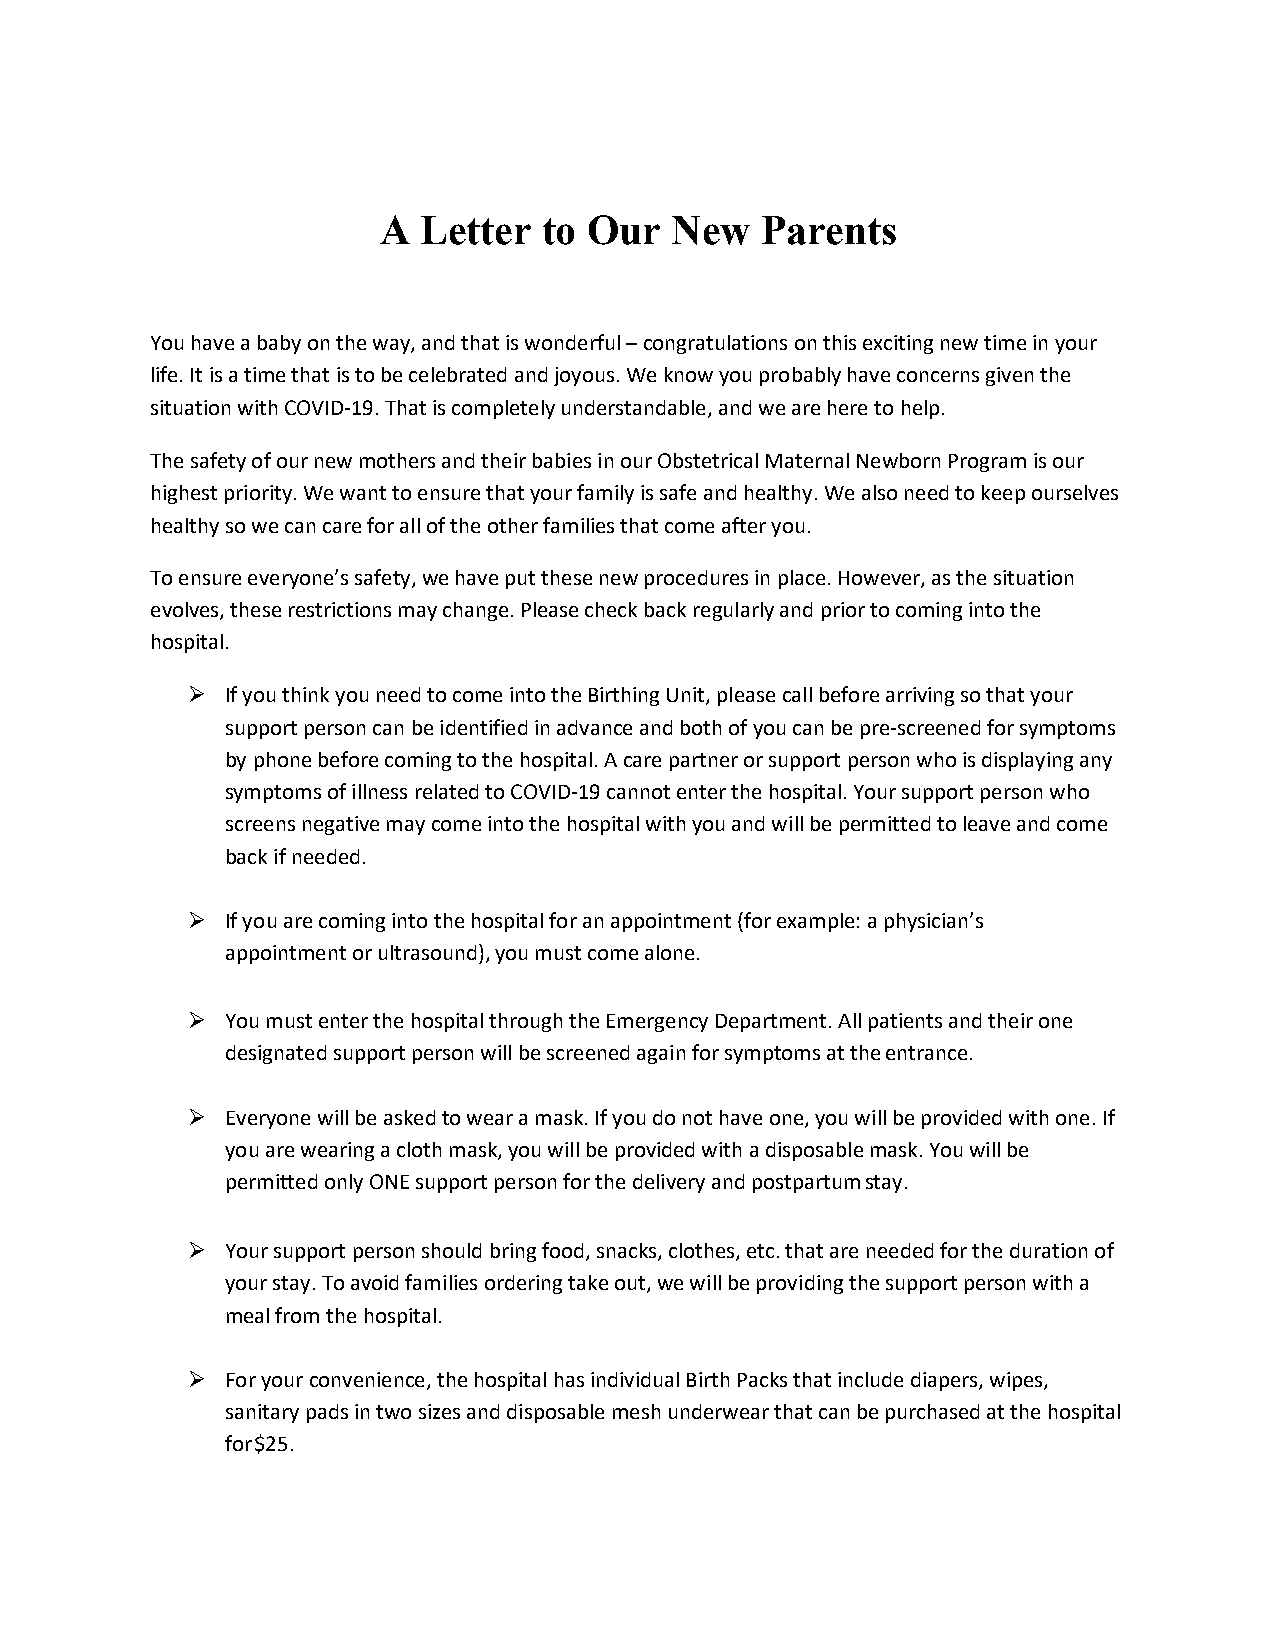
A  Letter  to Our  New   Parents
 You have a baby on the way, and that is wonderful – congratulations on this exciting new time in your
 life. It is a time that is to be celebrated and joyous. We know you probably have concerns given the
 situation with COVID-19. That is completely understandable, and we are here to help.
 The safety of our new mothers and their babies in our Obstetrical Maternal Newborn Program is our
 highest priority. We want to ensure that your family is safe and healthy. We also need to keep ourselves
 healthy so we can care for all of the other families that come after you.
 To ensure everyone’s safety, we have put these new procedures in place. However, as the situation
 evolves, these restrictions may change. Please check back regularly and prior to coming into the
 hospital.
   If you think you need to come into the Birthing Unit, please call before arriving so that your
 support person can be identified in advance and both of you can be pre-screened for symptoms
 by phone before coming to the hospital. A care partner or support person who is displaying any
 symptoms of illness related to COVID-19 cannot enter the hospital. Your support person who
 screens negative may come into the hospital with you and will be permitted to leave and come
 back if needed.
   If you are coming into the hospital for an appointment (for example: a physician’s
 appointment or ultrasound), you must come alone.
   You must enter the hospital through the Emergency Department. All patients and their one
 designated support person will be screened again for symptoms at the entrance.
   Everyone will be asked to wear a mask. If you do not have one, you will be provided with one. If
 you are wearing a cloth mask, you will be provided with a disposable mask. You will be
 permitted only ONE support person for the delivery and postpartum stay.
   Your support person should bring food, snacks, clothes, etc. that are needed for the duration of
 your stay. To avoid families ordering take out, we will be providing the support person with a
 meal from the hospital.
   For your convenience, the hospital has individual Birth Packs that include diapers, wipes,
 sanitary pads in two sizes and disposable mesh underwear that can be purchased at the hospital
 for $25.